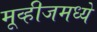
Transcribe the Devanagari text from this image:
मूव्हीजमध्ये